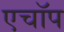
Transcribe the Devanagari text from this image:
एचॉप